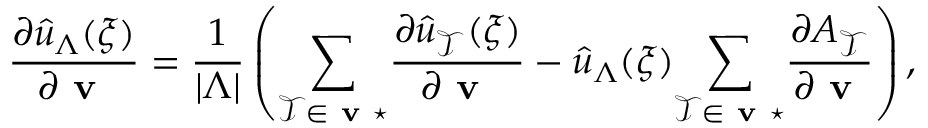
\frac { \partial \hat { u } _ { \Lambda } ( \boldsymbol { \xi } ) } { \partial \textbf { v } } = \frac { 1 } { | \Lambda | } \left( \underset { \mathcal { T } \in \textbf { v } \star } { \sum } \frac { \partial \hat { u } _ { \mathcal { T } } ( \boldsymbol { \xi } ) } { \partial \textbf { v } } - \hat { u } _ { \Lambda } ( \boldsymbol { \xi } ) \underset { \mathcal { T } \in \textbf { v } \star } { \sum } \frac { \partial A _ { \mathcal { T } } } { \partial \textbf { v } } \right) ,